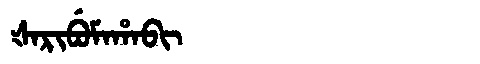
Manchu: ᡧᠠᡵᡳᠪᡠᠮᠠᡥᠠᠪᡳ
Romanization: ŠARIBUMAHABI